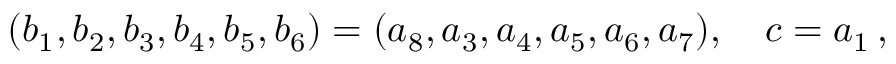
( b _ { 1 } , b _ { 2 } , b _ { 3 } , b _ { 4 } , b _ { 5 } , b _ { 6 } ) = ( a _ { 8 } , a _ { 3 } , a _ { 4 } , a _ { 5 } , a _ { 6 } , a _ { 7 } ) , \quad c = a _ { 1 } \, ,